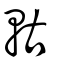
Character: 軲